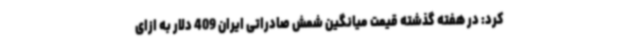
کرد: در هفته گذشته قیمت میانگین شمش صادراتی ایران 409 دلار به ازای